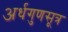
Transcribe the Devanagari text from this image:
अर्धगुणसूत्र